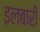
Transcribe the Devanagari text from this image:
इलबारी